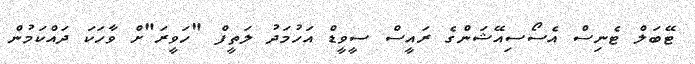
ޓޭބަލް ޓެނިސް އެސޯސިއޭޝަންގެ ރައީސް ސީވީޑް އަހުމަދު ލަތީފް "ހަވީރަ"ށް ވާހަކަ ދައްކަމުން